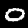
Label: 0